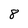
Character: 8